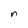
Character: n